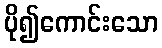
ပို၍ကောင်းသော